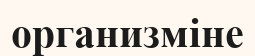
организміне